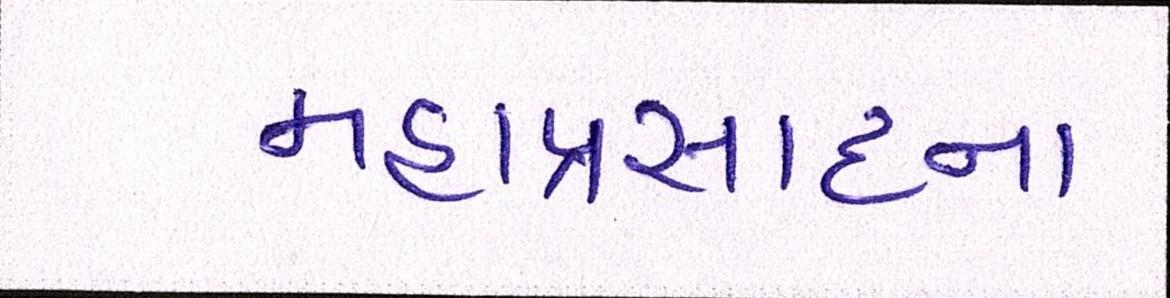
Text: મહાપ્રસાદના